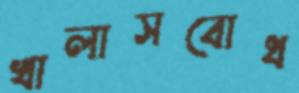
খালাসবোধ